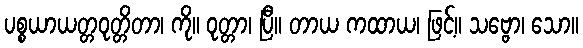
ပစ္စယာယတ္တဝုတ္တိတာ၊ ကို။ ဝုတ္တာ၊ ပြီ။ တာယ ကထာယ၊ ဖြင့်။ သဗ္ဗော၊ သော။